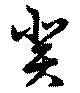
癸